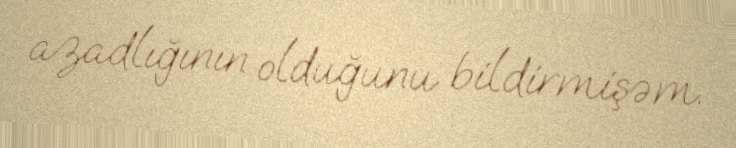
azadlığının olduğunu bildirmişəm.